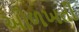
ઓળખતી